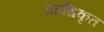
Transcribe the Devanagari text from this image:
प्रााधिकृत